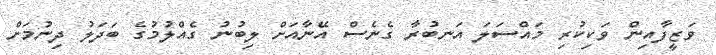
ވަޒީފާއިން ވަކިކުރި މައްސަލަ އަނބުރާ ގެނެސް އޭނާއަށް ލިބުނު ގެއްލުމުގެ ބަދަލު ދިނުމަށް